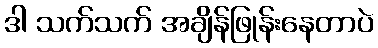
ဒါ သက်သက် အချိန်ဖြုန်းနေတာပဲ